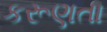
કરૂણતા